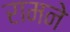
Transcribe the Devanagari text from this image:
रामने